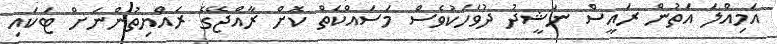
އަމިއްލަ އަތުން ރައީސް ނަޝީދު ދުވަހަކުވެސް މަސައްކަތް ކޮށް ރާއްޖޭގެ ރައްޔިތުންނަށް ޓަކައި